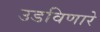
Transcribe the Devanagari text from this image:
उडविणारे